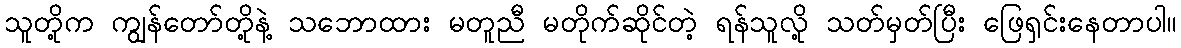
သူတို့က ကျွန်တော်တို့နဲ့ သဘောထား မတူညီ မတိုက်ဆိုင်တဲ့ ရန်သူလို့ သတ်မှတ်ပြီး ဖြေရှင်းနေတာပါ။